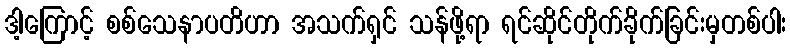
ဒါ့ကြောင့် စစ်သေနာပတိဟာ အသက်ရှင် သန်ဖို့ရာ ရင်ဆိုင်တိုက်ခိုက်ခြင်းမှတစ်ပါး